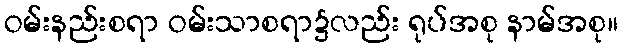
ဝမ်းနည်းစရာ ဝမ်းသာစရာ၌လည်း ရုပ်အစု နာမ်အစု။